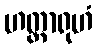
ဟတ္ထာရုဟံ